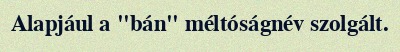
Alapjául a "bán" méltóságnév szolgált.